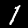
Label: 1